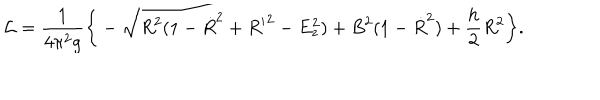
LaTeX: { \cal L } = \frac { 1 } { 4 \pi ^ { 2 } g } \bigg \{ - \sqrt { R ^ { 2 } ( 1 - { \dot { R } } ^ { 2 } + { R ^ { \prime } } ^ { 2 } - E _ { z } ^ { 2 } ) + B ^ { 2 } ( 1 - { \dot { R } } ^ { 2 } ) } + \frac { h } { 2 } R ^ { 2 } \bigg \} .